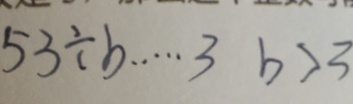
5 3 \div b \cdots 3 b > 3